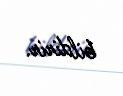
bildirir.